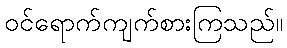
ဝင်ရောက်ကျက်စားကြသည်။